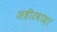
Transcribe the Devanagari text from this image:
अहीरवाड़ा